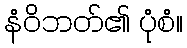
နံဝိဘတ်၏ ပုံစံ။